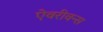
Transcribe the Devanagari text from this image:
ऐवरीवन्स